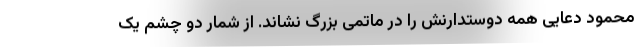
محمود دعایی همه دوستدارنش را در ماتمی بزرگ نشاند. از شمار دو چشم یک